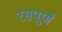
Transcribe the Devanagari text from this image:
रसपूर्णं